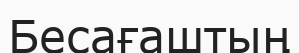
Бесағаштың